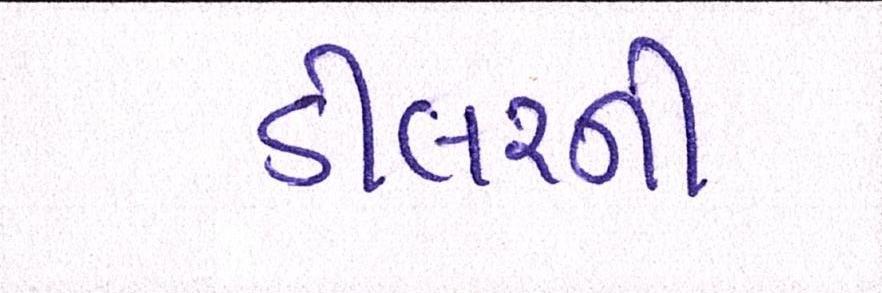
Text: ડીલરની